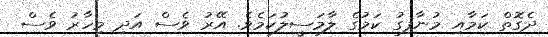
ދެގޮތް ކަމާއި މުނާފިގު ކަމުގެ ލާމަސީލުކަމެވެ. އޭރު ވެސް އަދި މިހާރު ވެސް